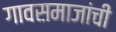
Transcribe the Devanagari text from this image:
गावसमाजांची